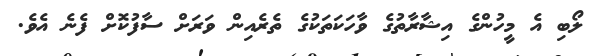
ލޯބި އެ މީހުންގެ އިޝާރާތުގެ ވާހަކަތަކުގެ ތެރެއިން ވަރަށް ސާފުކޮށް ފެނެ އެވެ.